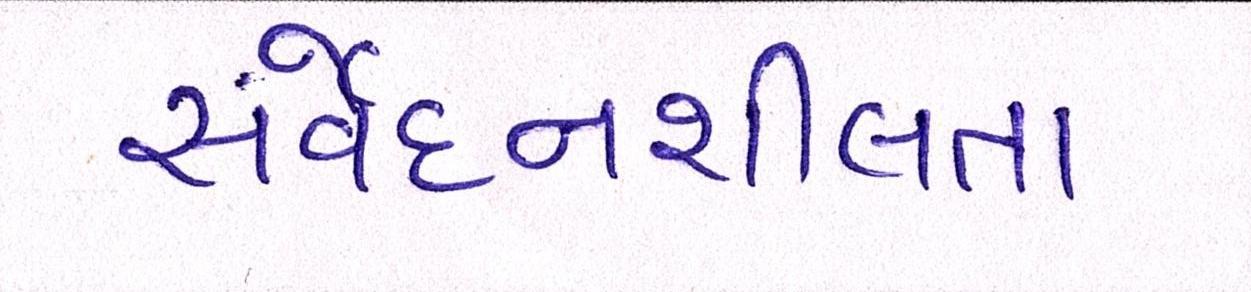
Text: સંવેદનશીલતા